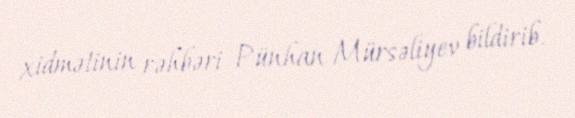
xidmətinin rəhbəri Pünhan Mürsəliyev bildirib.